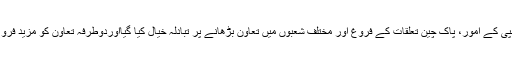
ملاقات میں باہمی دلچسپی کے امور، پاک چین تعلقات کے فروغ اور مختلف شعبوں میں تعاون بڑھانے پر تبادلہ خیال کیا گیااوردوطرفہ تعاون کو مزید فروغ دینے پر اتفاق کیاگیا۔